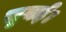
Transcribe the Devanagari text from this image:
सुनई।